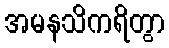
အမနသိကရိတွာ